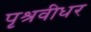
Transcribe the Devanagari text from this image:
पृश्रवीधर